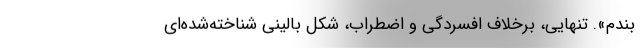
بندم». تنهایی، برخلاف افسردگی و اضطراب، شکل بالینیِ شناخته‌شده‌ای